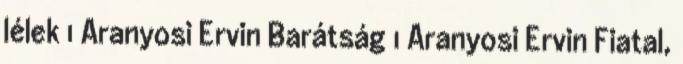
lélek 1 Aranyosi Ervin Barátság 1 Aranyosi Ervin Fiatal,